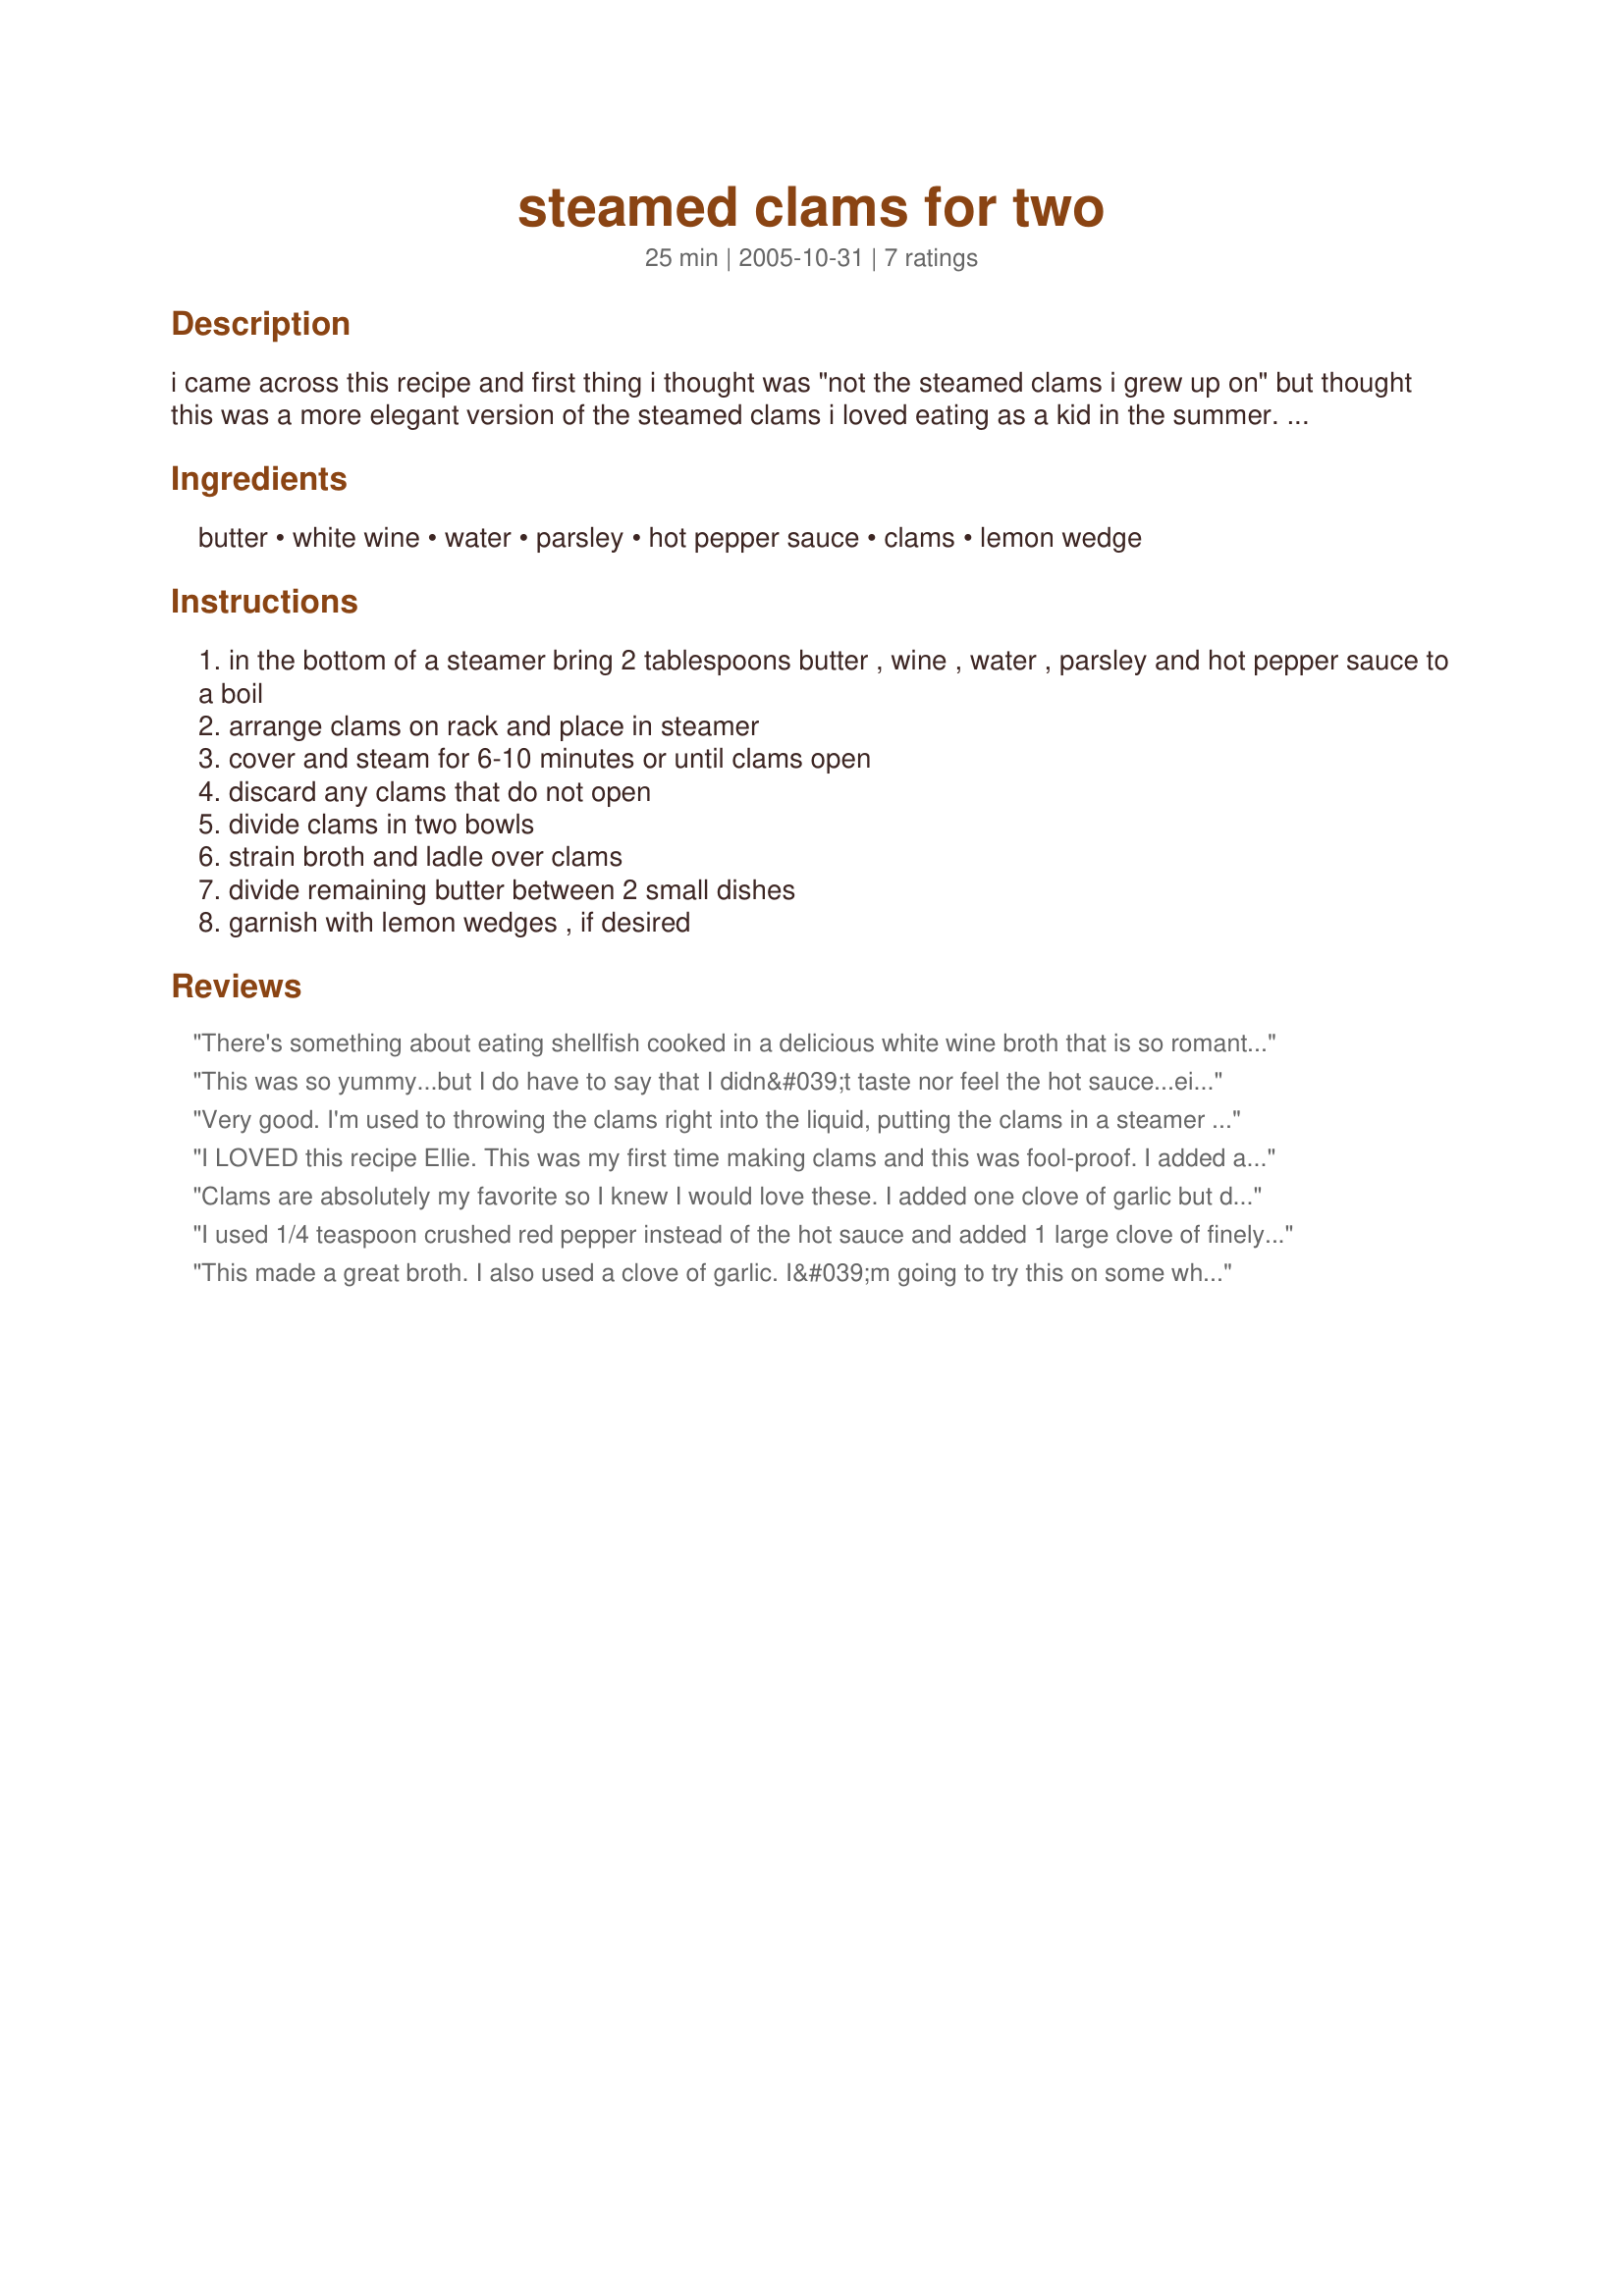
steamed clams for two
Preparation time: 25 minutes

i came across this recipe and first thing i thought was "not the steamed clams i grew up on" but thought this was a more elegant version of the steamed clams i loved eating as a kid in the summer. i haven't tried this recipe yet but can't wait to try these and surprise my family with these. recipe source: bon appetit (march 1984)

Ingredients:
butter, white wine, water, parsley, hot pepper sauce, clams, lemon wedge

Steps:
in the bottom of a steamer bring 2 tablespoons butter , wine , water , parsley and hot pepper sauce to a boil
arrange clams on rack and place in steamer
cover and steam for 6-10 minutes or until clams open
discard any clams that do not open
divide clams in two bowls
strain broth and ladle over clams
divide remaining butter between 2 small dishes
garnish with lemon wedges , if desired

Reviews:
There's something about eating shellfish cooked in a delicious white wine broth that is so romantic. Paired with a good bottle of white wine and some crusty, warm sour dough bread, this is a wonderful meal for two...
dessert is sure to follow.
This was so yummy...but I do have to say that I didn&#039;t taste nor feel the hot sauce...either you need to omit it or add loads more...with that said this was very delicious...I served it with a couple slices of french bread to soak up the juices...thanks for posting it...=)
Very good. I'm used to throwing the clams right into the liquid, putting the clams in a steamer tray is a great change. This way the sauce wasn't too "clammy." Instead it was buttery, tangy and saucy, very good.

adding to my review: I made this again the other night, I think next time I will double the recipe for the sauce. My boyfriend both love dipping our bread in the sauce, and we ran out last night.
I LOVED this recipe Ellie. This was my first time making clams and this was fool-proof. I added a lot more garlic just because I love it, but accidently forgot the red pepper flakes. It was still very good. I will be making this again for sure.
Clams are absolutely my favorite so I knew I would love these. I added one clove of garlic but did everything else as written. Great tecipe!
I used 1/4 teaspoon crushed red pepper instead of the hot sauce and added 1 large clove of finely chopped garlic. Also I did not strain the broth. Fabulous!!!! DH kept raving about the clams and asked for them again tonight. I also garnished the dish with some chopped green onions. Oh, donâ€™t forget the sourdough bread!
This made a great broth. I also used a clove of garlic. I&#039;m going to try this on some white fish.
